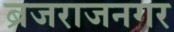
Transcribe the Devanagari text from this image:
ब्रजराजनगर